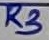
Text: R3